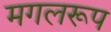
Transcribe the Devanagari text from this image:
मगलरूप